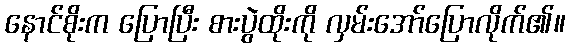
နောင်စိုးက ပြောပြီး စားပွဲထိုးကို လှမ်းအော်ပြောလိုက်၏။